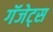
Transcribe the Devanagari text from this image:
गॅजेट्स